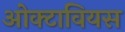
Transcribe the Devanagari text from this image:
ओक्टावियस